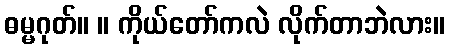
ဓမ္မဂုတ်။ ။ ကိုယ်တော်ကလဲ လိုက်တာဘဲလား။